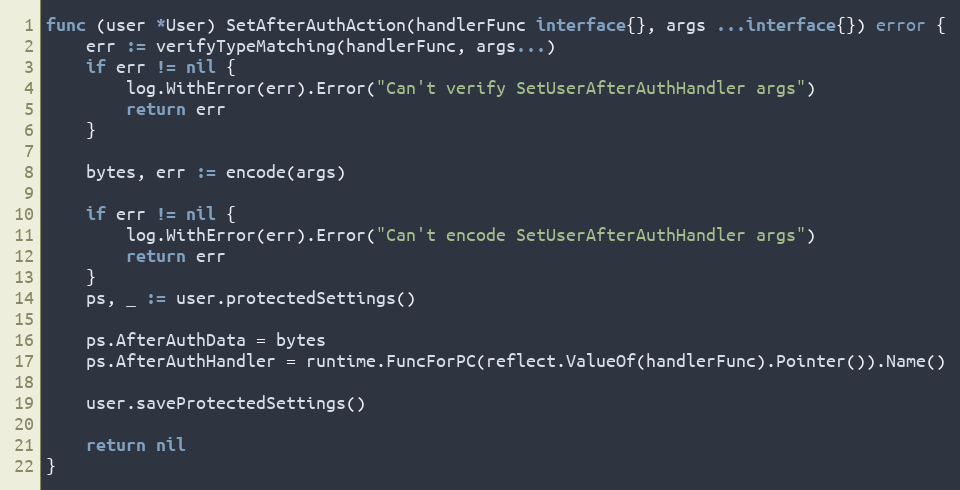
Language: Go
func (user *User) SetAfterAuthAction(handlerFunc interface{}, args ...interface{}) error {
	err := verifyTypeMatching(handlerFunc, args...)
	if err != nil {
		log.WithError(err).Error("Can't verify SetUserAfterAuthHandler args")
		return err
	}

	bytes, err := encode(args)

	if err != nil {
		log.WithError(err).Error("Can't encode SetUserAfterAuthHandler args")
		return err
	}
	ps, _ := user.protectedSettings()

	ps.AfterAuthData = bytes
	ps.AfterAuthHandler = runtime.FuncForPC(reflect.ValueOf(handlerFunc).Pointer()).Name()

	user.saveProtectedSettings()

	return nil
}